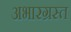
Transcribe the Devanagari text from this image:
अभारग्रस्त